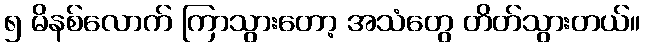
၅ မိနစ်လောက် ကြာသွားတော့ အသံတွေ တိတ်သွားတယ်။